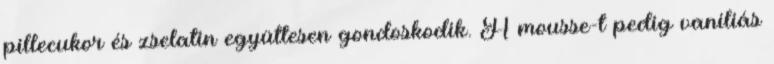
pillecukor és zselatin együttesen gondoskodik. A mousse-t pedig vaníliás